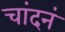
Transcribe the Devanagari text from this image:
चांदनं